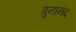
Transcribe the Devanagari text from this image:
गुनानंद